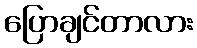
ပြောချင်တာလား